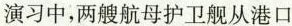
演习中，两艘航母护卫舰从港口